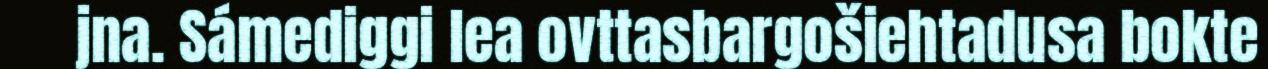
jna. Sámediggi lea ovttasbargošiehtadusa bokte